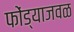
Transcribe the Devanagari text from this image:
फोंड्याजवळ